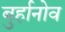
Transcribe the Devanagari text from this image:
बुर्हानोव